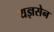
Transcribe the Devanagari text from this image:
यज्ञसेन